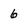
Character: 6